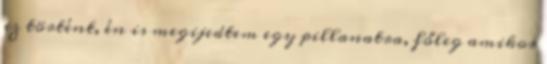
ez történt, én is megijedtem egy pillanatra, főleg amikor